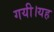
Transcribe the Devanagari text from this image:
गयी।यह